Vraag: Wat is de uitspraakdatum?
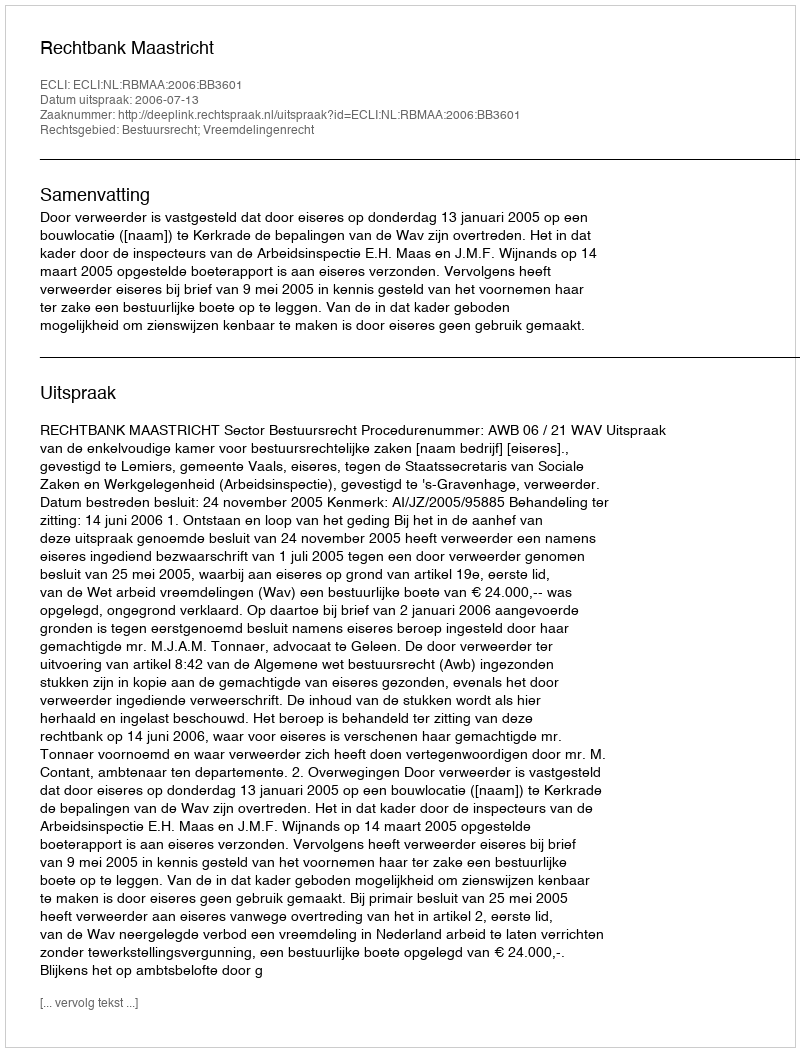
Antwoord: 2006-07-13